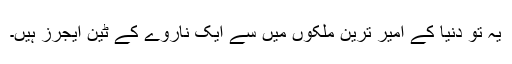
یہ تو دنیا کے امیر ترین ملکوں میں سے ایک ناروے کے ٹین ایجرز ہیں۔